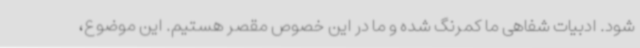
شود. ادبیات شفاهی ما کمرنگ شده و ما در این خصوص مقصر هستیم. این موضوع،